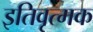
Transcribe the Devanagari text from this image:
इतिवृत्मक